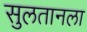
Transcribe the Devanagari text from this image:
सुलतानला